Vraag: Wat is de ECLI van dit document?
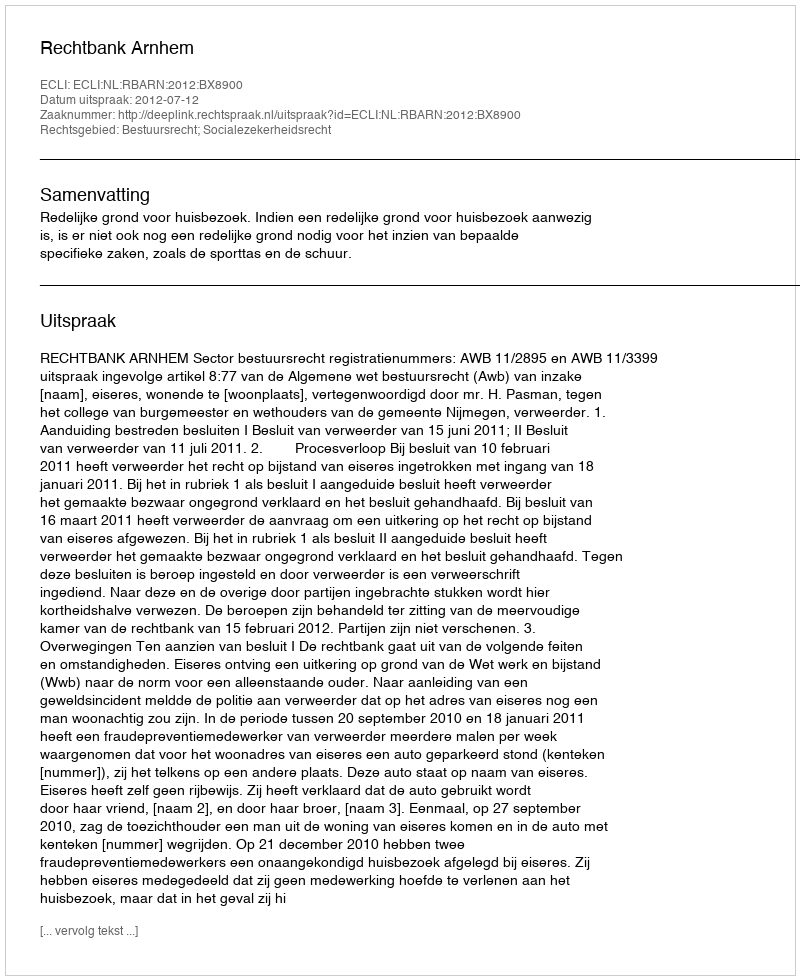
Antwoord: ECLI:NL:RBARN:2012:BX8900